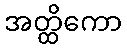
အတ္ထိကော